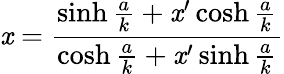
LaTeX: \mathit{x}={\frac{{\sinh{\frac{{a}}{{k}}}+\mathit{x}^{\prime}\cosh{\frac{{a}}{{k}}}}}{{\cosh{\frac{{a}}{{k}}}+\mathit{x}^{\prime}\sinh{\frac{{a}}{{k}}}}}}